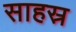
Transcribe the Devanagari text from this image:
साहस्र